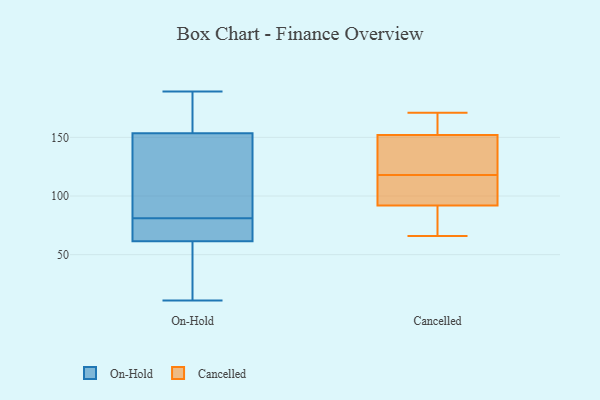
{"axis": {"x": "Humidity (%)", "y": "Value"}, "legend": ["Cancelled", "On-Hold"], "data": [{"x": "", "y": 161, "type": "On-Hold"}, {"x": "", "y": 72, "type": "On-Hold"}, {"x": "", "y": 173, "type": "On-Hold"}, {"x": "", "y": 189, "type": "On-Hold"}, {"x": "", "y": 53, "type": "On-Hold"}, {"x": "", "y": 136, "type": "On-Hold"}, {"x": "", "y": 34, "type": "On-Hold"}, {"x": "", "y": 11, "type": "On-Hold"}, {"x": "", "y": 75, "type": "On-Hold"}, {"x": "", "y": 33, "type": "On-Hold"}, {"x": "", "y": 61, "type": "On-Hold"}, {"x": "", "y": 127, "type": "On-Hold"}, {"x": "", "y": 152, "type": "On-Hold"}, {"x": "", "y": 154, "type": "On-Hold"}, {"x": "", "y": 79, "type": "On-Hold"}, {"x": "", "y": 166, "type": "On-Hold"}, {"x": "", "y": 63, "type": "On-Hold"}, {"x": "", "y": 81, "type": "On-Hold"}, {"x": "", "y": 136, "type": "On-Hold"}, {"x": "", "y": 66, "type": "Cancelled"}, {"x": "", "y": 75, "type": "Cancelled"}, {"x": "", "y": 171, "type": "Cancelled"}, {"x": "", "y": 92, "type": "Cancelled"}, {"x": "", "y": 131, "type": "Cancelled"}, {"x": "", "y": 105, "type": "Cancelled"}, {"x": "", "y": 136, "type": "Cancelled"}, {"x": "", "y": 152, "type": "Cancelled"}, {"x": "", "y": 98, "type": "Cancelled"}, {"x": "", "y": 167, "type": "Cancelled"}]}